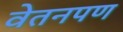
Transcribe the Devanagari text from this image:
वेतनपण